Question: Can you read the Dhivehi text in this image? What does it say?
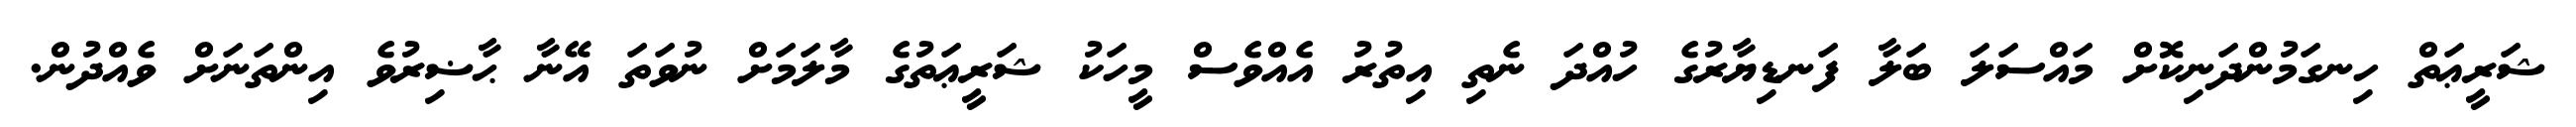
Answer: ޝަރީޢަތް ހިނގަމުންދަނިކޮށް މައްސަލަ ބަލާ ފަނޑިޔާރުގެ ހުއްދަ ނެތި އިތުރު އެއްވެސް މީހަކު ޝަރީޢަތުގެ މާލަމަށް ނުވަތަ އޭނާ ޙާޟިރުވެ އިންތަނަށް ވެއްދުން.